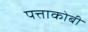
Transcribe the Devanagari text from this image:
पत्ताकोबी